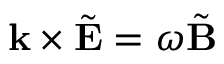
\mathbf { k } \times { \tilde { \mathbf { E } } } = \omega { \tilde { \mathbf { B } } }